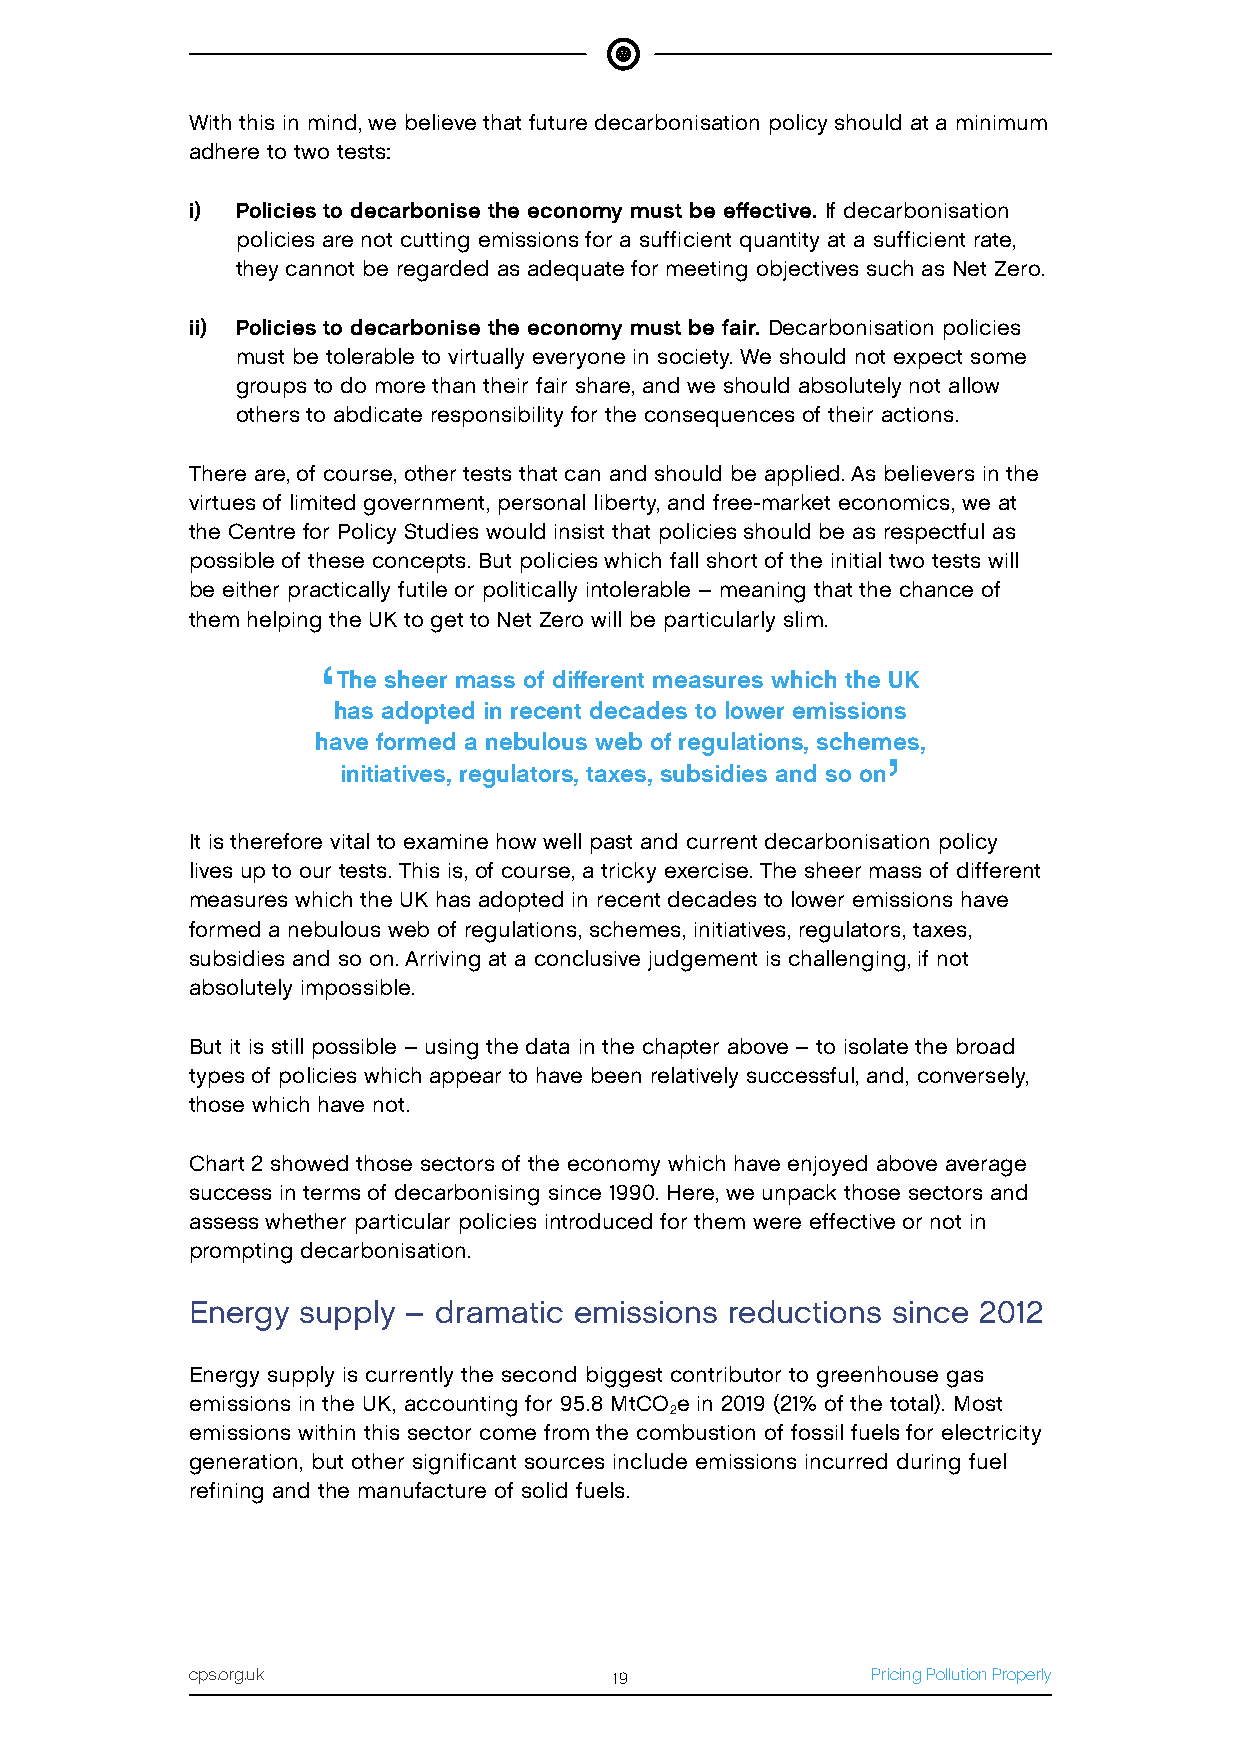
With this in mind, we believe that future decarbonisation policy should at a minimum
 adhere to two tests:
 i) Policies to decarbonise the economy must be effective. If decarbonisation
 policies are not cutting emissions for a sufficient quantity at a sufficient rate,
 they cannot be regarded as adequate for meeting objectives such as Net Zero.
 ii) Policies to decarbonise the economy must be fair. Decarbonisation policies
 must be tolerable to virtually everyone in society. We should not expect some
 groups to do more than their fair share, and we should absolutely not allow
 others to abdicate responsibility for the consequences of their actions.
 There are, of course, other tests that can and should be applied. As believers in the
 virtues of limited government, personal liberty, and free-market economics, we at
 the Centre for Policy Studies would insist that policies should be as respectful as
 possible of these concepts. But policies which fall short of the initial two tests will
 be either practically futile or politically intolerable – meaning that the chance of
 them helping the UK to get to Net Zero will be particularly slim.
 ‘
 The sheer mass of different measures which the UK
 has adopted in recent decades to lower emissions
 have formed a nebulous web of regulations, schemes,
 ’
 initiatives, regulators, taxes, subsidies and so on
 It is therefore vital to examine how well past and current decarbonisation policy
 lives up to our tests. This is, of course, a tricky exercise. The sheer mass of different
 measures which the UK has adopted in recent decades to lower emissions have
 formed a nebulous web of regulations, schemes, initiatives, regulators, taxes,
 subsidies and so on. Arriving at a conclusive judgement is challenging, if not
 absolutely impossible.
 But it is still possible – using the data in the chapter above – to isolate the broad
 types of policies which appear to have been relatively successful, and, conversely,
 those which have not.
 Chart 2 showed those sectors of the economy which have enjoyed above average
 success in terms of decarbonising since 1990. Here, we unpack those sectors and
 assess whether particular policies introduced for them were effective or not in
 prompting decarbonisation.
 Energy supply – dramatic emissions reductions since 2012
 Energy supply is currently the second biggest contributor to greenhouse gas
 emissions in the UK, accounting for 95.8 MtCO e in 2019 (21% of the total). Most
 2
 emissions within this sector come from the combustion of fossil fuels for electricity
 generation, but other significant sources include emissions incurred during fuel
 refining and the manufacture of solid fuels.
 cps.org.uk                  19               Pricing Pollution Properly